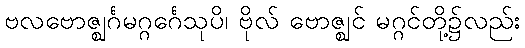
ဗလဗောဇ္ဈင်္ဂမဂ္ဂင်္ဂေသုပိ၊ ဗိုလ် ဗောဇ္ဈင် မဂ္ဂင်တို့၌လည်း